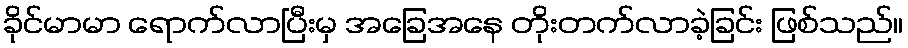
ခိုင်မာမာ ရောက်လာပြီးမှ အခြေအနေ တိုးတက်လာခဲ့ခြင်း ဖြစ်သည်။